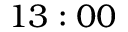
1 3 : 0 0